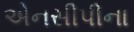
એનસીપીના